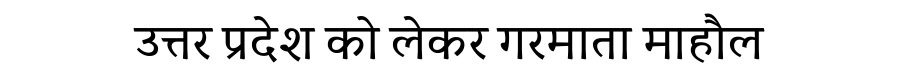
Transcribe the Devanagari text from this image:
उत्तर प्रदेश को लेकर गरमाता माहौल